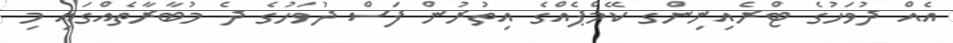
އެއް ދުވަހުގެ ޓްރެއިނިންގ ކޭމްޕެއްގެ އިތުރުން ފަސް ދުވަހުގެ ދެ މުބާރާތެއްގައި މި